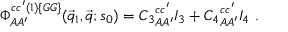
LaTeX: \Phi _ { A A ^ { \prime } } ^ { c c ^ { \prime } ( 1 ) \{ G G \} } ( \vec { q } _ { 1 } , \vec { q } ; s _ { 0 } ) = { C _ { 3 } } _ { A A ^ { \prime } } ^ { c c ^ { \prime } } I _ { 3 } + { C _ { 4 } } _ { A A ^ { \prime } } ^ { c c ^ { \prime } } I _ { 4 } ~ .